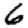
Digit: 6